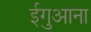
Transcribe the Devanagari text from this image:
ईगुआना